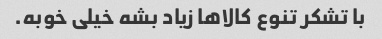
با تشکر تنوع کالاها زیاد بشه خیلی خوبه.